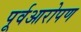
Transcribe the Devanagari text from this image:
पूर्वआरोपण